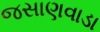
જસાણવાડા